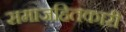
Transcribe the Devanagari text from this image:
समाजहितकारी